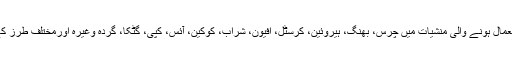
تعلیمی اداروں میں استعمال ہونے والی منشیات میں چرس، بھنگ، ہیروئین، کرسٹل، افیون، شراب، کوکین، آئس، کپی، گٹکا، گردہ وغیرہ اورمختلف طرز کے انجیکشن شامل ہیں۔